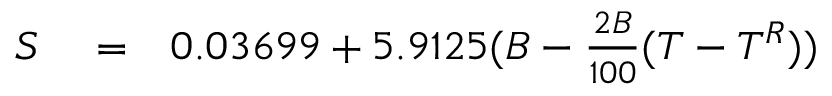
\begin{array} { r l r } { S } & { { } = } & { 0 . 0 3 6 9 9 + 5 . 9 1 2 5 ( B - { \frac { 2 B } { 1 0 0 } } ( T - T ^ { R } ) ) } \end{array}